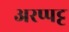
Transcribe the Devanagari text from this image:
अरप्पट्ट